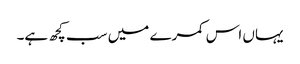
یہاں اس کمرے میں سب کچھ ہے۔